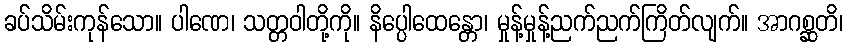
ခပ်သိမ်းကုန်သော။ ပါဏေ၊ သတ္တဝါတို့ကို။ နိပ္ပေါထေန္တော၊ မှုန့်မှုန့်ညက်ညက်ကြိတ်လျက်။ အာဂစ္ဆတိ၊